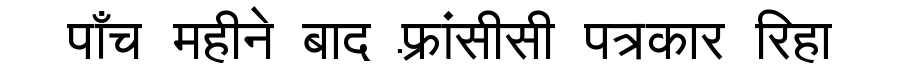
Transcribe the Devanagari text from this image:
पाँच महीने बाद फ़्रांसीसी पत्रकार रिहा